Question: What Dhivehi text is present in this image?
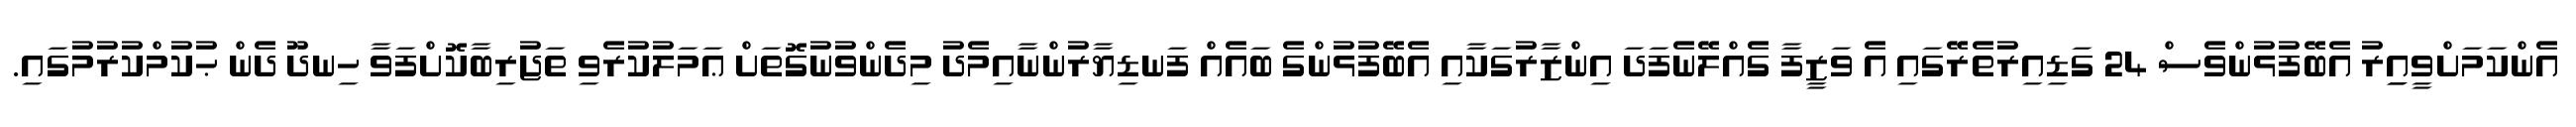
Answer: އެންކަމަށްވީއިިރު އެބޭފުޅުންވެސް 24 ގަޑިއިރުތެރޭގައި އެ ވަޒީފާ ގެއްލޭނެފަދަ އިންޒާރުގަކާއި އެބޭފުޅުންގެ ބައެއް ފަނޑިޔާރުންނާއިމެދު މިދެންވުނުގޮތަށް ޢަމަލުކުރެވި ތަޖުރިބާކޮށްފަވާ ހިނދޫ ދެން ޙުކުމްކުރުމުގައި.